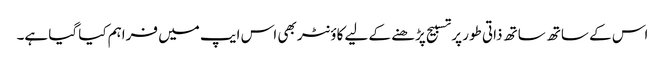
اس کے ساتھ ساتھ ذاتی طور پر تسبیح پڑھنے کے لیے کاؤنٹر بھی اس ایپ میں فراہم کیا گیا ہے۔